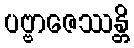
ပဗ္ဗာဇေဿန္တိ